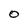
Character: 0